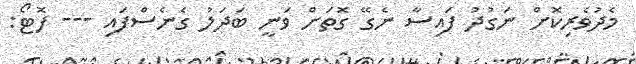
މެދުވެރިކޮށް ނަގުދު ފައިސާ ނެގޭ ގޮތަށް ވަނީ ބަދަލު ގެނެސްފައި --- ފޮޓޯ: